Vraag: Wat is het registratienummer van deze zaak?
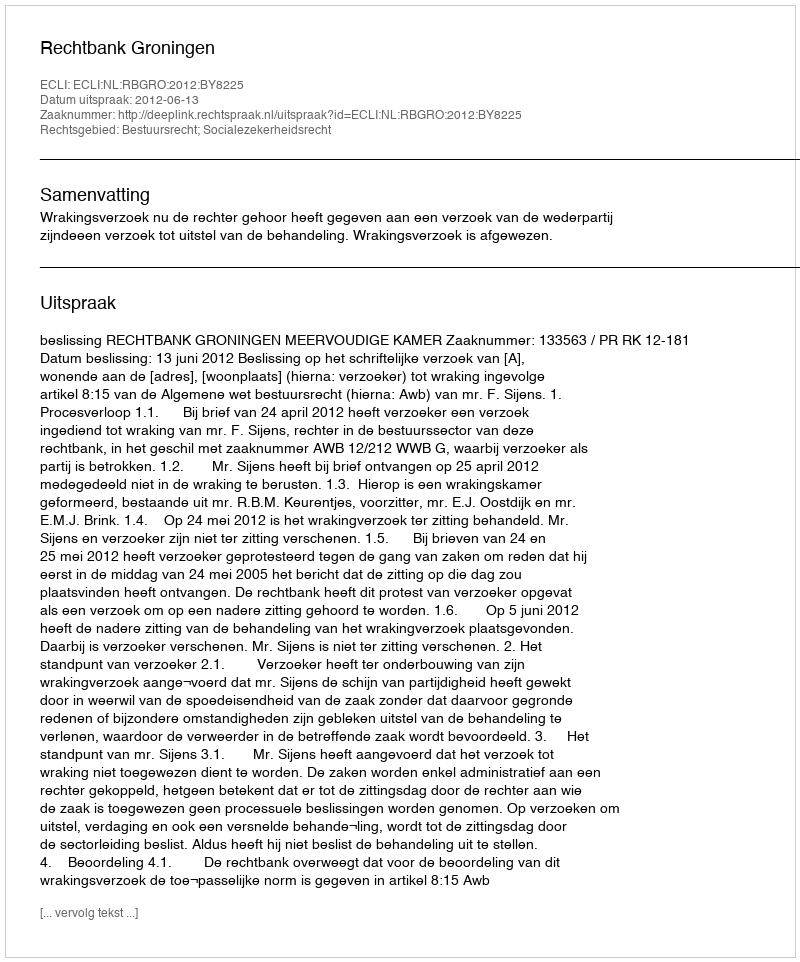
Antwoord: http://deeplink.rechtspraak.nl/uitspraak?id=ECLI:NL:RBGRO:2012:BY8225